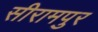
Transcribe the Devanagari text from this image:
सीरामपुर